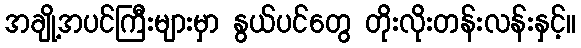
အချို့အပင်ကြီးများမှာ နွယ်ပင်တွေ တိုးလိုးတန်းလန်းနှင့်။